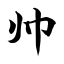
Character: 帅